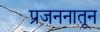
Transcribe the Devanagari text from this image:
प्रजननातून